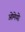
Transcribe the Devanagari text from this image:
ओमेयो